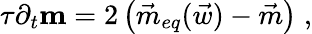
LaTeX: \tau\partial_{t}\mathbf{m}=2\left(\vec{m}_{eq}(\vec{w})-\vec{m}\right)\; ,